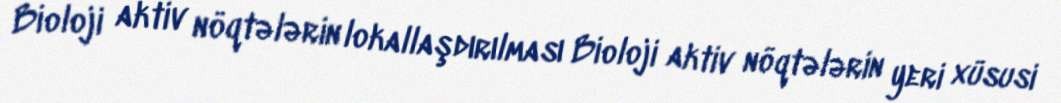
Bioloji aktiv nöqtələrin lokallaşdırılması Bioloji aktiv nöqtələrin yeri xüsusi